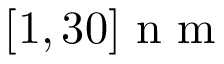
[ 1 , 3 0 ] \mathrm { ~ n ~ m ~ }